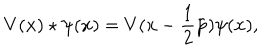
V ( { \bf x } ) \star \psi ( { \bf x } ) = V ( { \bf x } - \frac { 1 } { 2 } { \tilde { \bf p } } ) \psi ( { \bf x } ) ,